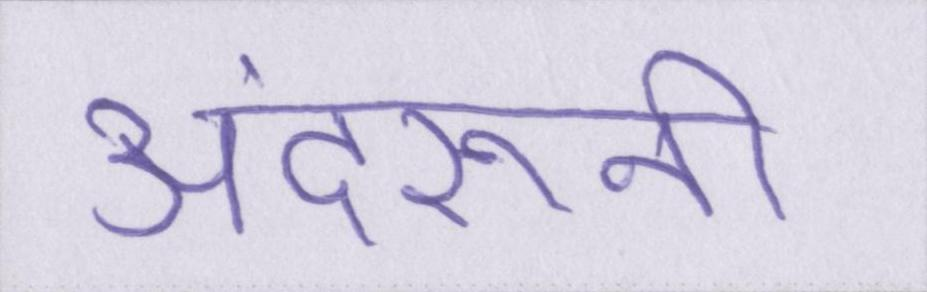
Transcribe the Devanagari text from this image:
अंदरूनी